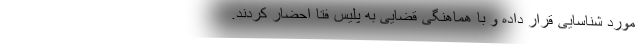
مورد شناسایی قرار داده و با هماهنگی قضایی به پلیس فتا احضار کردند.